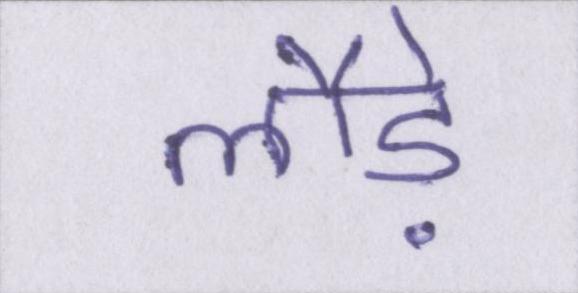
लौड़े